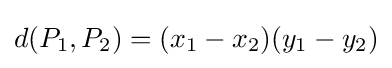
d(P_{1},P_{2})=(x_{1}-x_{2})(y_{1}-y_{2})